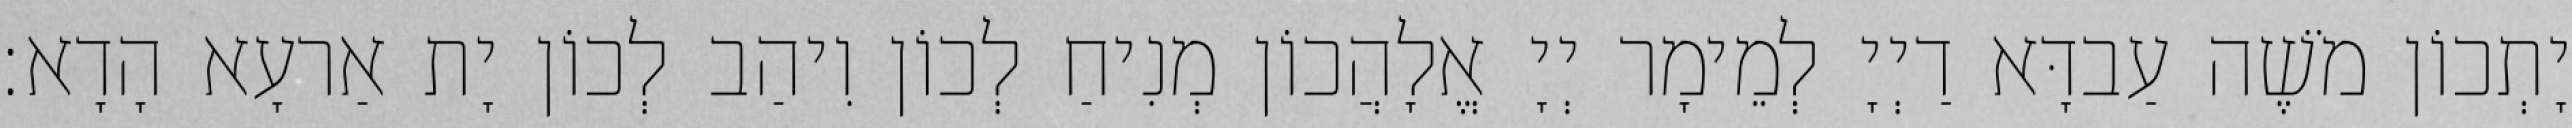
יָתְכוֹן מֹשֶׁה עַבדָּא דַיְיָ לְמֵימָר יְיָ אֱלָהֲכוֹן מְנִיחַ לְכוֹן וִיהַב לְכוֹן יָת אַרעָא הָדָא׃